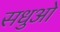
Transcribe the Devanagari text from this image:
सधुओ